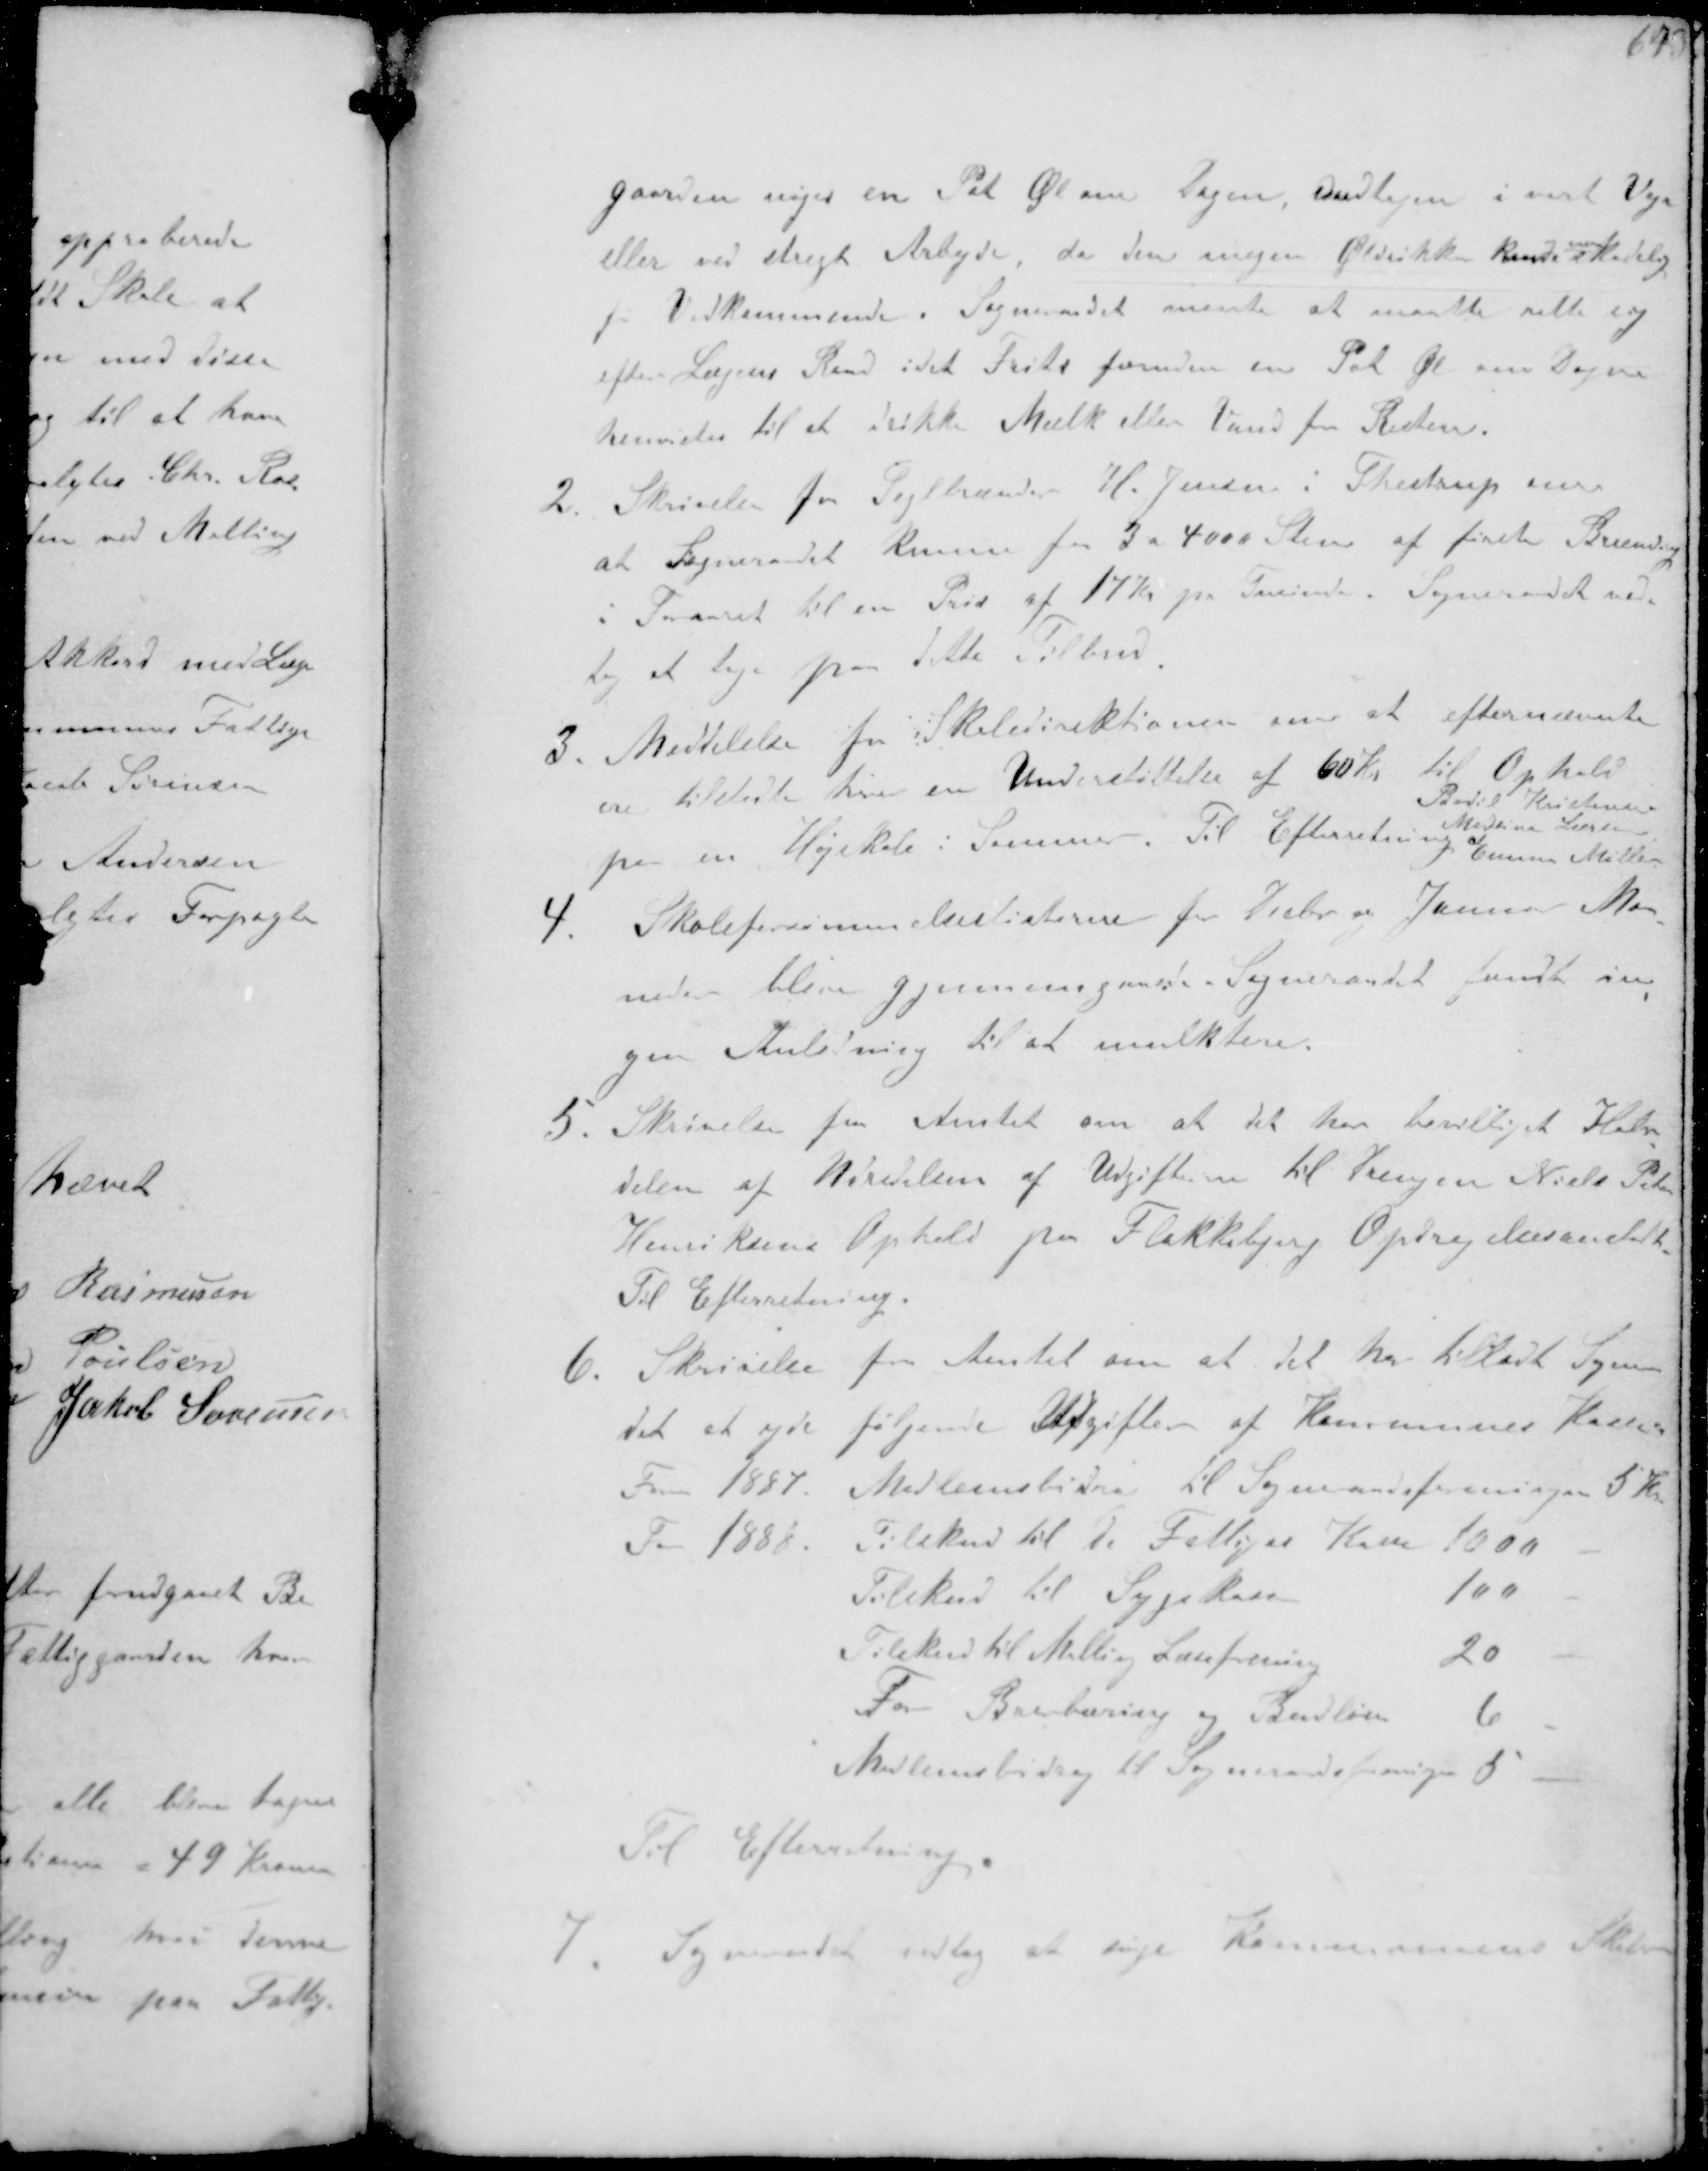
Transskription:
gaarden nøjes en Pot Øl om Dagen, undtagen i surt Vejr
eller ved strengt Arbejde, da den ingen Øldrikning kunde
være
skadelig
for Vedkommende. Sogneraadet mente at maatte rette sig
efter Lægens Raad idet Frits foruden en Pot Øl om Dagen
henvistes til at drikke Mælk eller Vand for Resten.
2 Skrivelse fra Teglbrænder H. Jensen i Thestrup om
at Sogneraadet kunne faa 3 - 4000 Sten af fineste Brænding
i Foraaret til en Pris af 17 Kr pr Favne. Sogneraadet ved-
tog at tage paa dette Tilbud
3. Meddelelse fra Skoledirektionen om at efternævnte
er tildelte hver en Understøttelse af 60 Kr til Ophold
paa en Højskole i Sommer
Bodil Kristensen
Medina Larsen
Emma Møller
Til Efterretning
4 Skoleforsømmelseslisterne for Decbr og Januar Maa-
neder blev gjennemgaaede Sogneraadet fandt in-
gen Anledning til at mulktere
5. Skrivelse fra Amtet om at det har bevilliget Halv-
delen af Størrelsen af Udgifterne til Drengen Niels Peter
Henriksens Ophold på Flakkebjerg Opdragelsesanstalt
Til Efterretning.
6. Skrivelse fra Amtet om at det har tilladt Sogneraa-
det at yde følgende Udgifter af Kommunes Kasse
For 1887.
Medlemsbidrag til Sogneraadsforeningen 5 Kr
For 1888.
Tilskud til de Fattiges Kasse 10,00
Tilskud til Sygekasse
100
Tilskud til Malling Læreforening
20
For Brevbæring og Budløn 6
Medlemsbidrag til Sogneraadsforeningen 5

Til Efterretning

7. Sogneraadet vedtog at søge kommunens Skoler